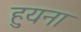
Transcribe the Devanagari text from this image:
हुयना